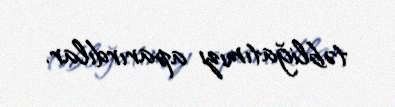
təbliğatımızı aparırdılar.